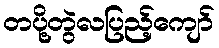
တပို့တွဲလပြည့်ကျော်